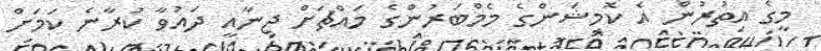
މީގެ އިތުރުން އެ ކޮމިޝަންގެ މެމްބަރުންގެ މައްޗަށް ޖިނާއީ ދައުވާ ކުރާނެ ކަމަށް